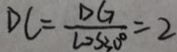
D C = \frac { D G } { \cos 3 0 ^ { \circ } } = 2